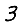
Digit: 3